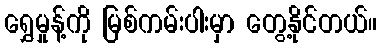
ရွှေမှုန့်ကို မြစ်ကမ်းပါးမှာ တွေ့နိုင်တယ်။